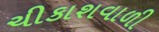
ચીકાશવાળી